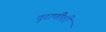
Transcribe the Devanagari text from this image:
दुराणीशी